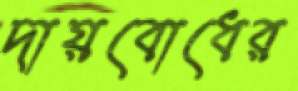
দায়বোধের